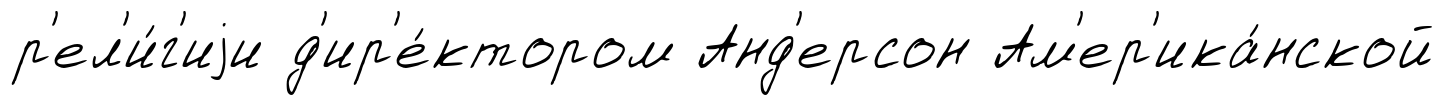
р'ел'и́г'иjи д'ир'е́ктором Анд'ерсон Ам'ер'ика́нской